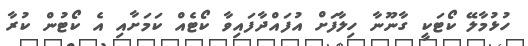
ހުޅުމާލޭ ކޯޓަކީ ގާނޫނާ ހިލާފަށް އުފައްދާފައިވާ ކޯޓެއް ކަމަށާއި އެ ކޯޓުން ކުރާ